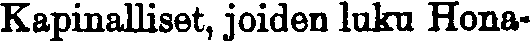
Kapinalliset, joiden luku Hona-